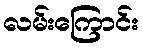
လမ်းကြောင်း